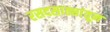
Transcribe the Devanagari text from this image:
रसदसाठ्यांतून